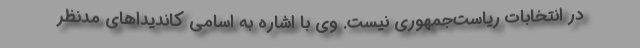
در انتخابات ریاست‌جمهوری نیست. وی با اشاره به اسامی کاندیداهای مدنظر